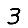
Digit: 3